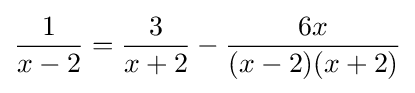
{\frac {1}{x-2}}={\frac {3}{x+2}}-{\frac {6x}{(x-2)(x+2)}}